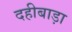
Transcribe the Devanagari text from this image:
दहीबाड़ा